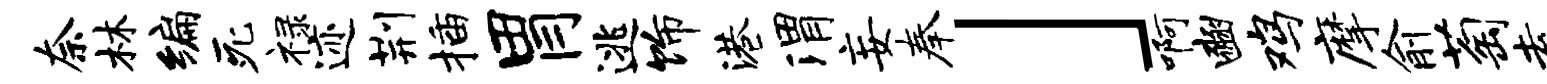
奈林编死禄迹荆插胃逃饰港渭妄奉」啊豳鸡摩俞萄盍